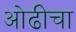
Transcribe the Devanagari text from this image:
ओढीचा